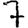
Digit: 7